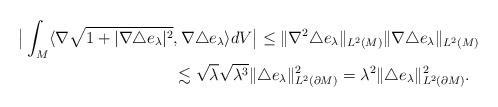
LaTeX: \begin{align*}\big|\int_M\langle\nabla \sqrt{1+|\nabla\triangle e_\lambda|^2}&, \nabla\triangle e_\lambda\rangle dV\big|\leq\|\nabla^2\triangle e_\lambda\|_{L^2(M)}\|\nabla\triangle e_\lambda\|_{L^2(M)}\\&\lesssim\sqrt{\lambda}\sqrt{\lambda^3}\|\triangle e_\lambda\|_{L^2(\partial M)}^2=\lambda^2\|\triangle e_\lambda\|_{L^2(\partial M)}^2.\end{align*}